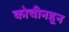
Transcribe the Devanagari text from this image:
कोचीनहून